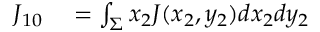
\begin{array} { r l } { { J _ { 1 0 } } } & { { } = \int _ { \Sigma } { { x _ { 2 } } J ( { x _ { 2 } } , { y _ { 2 } } ) d { x _ { 2 } } d { y _ { 2 } } } } \end{array}